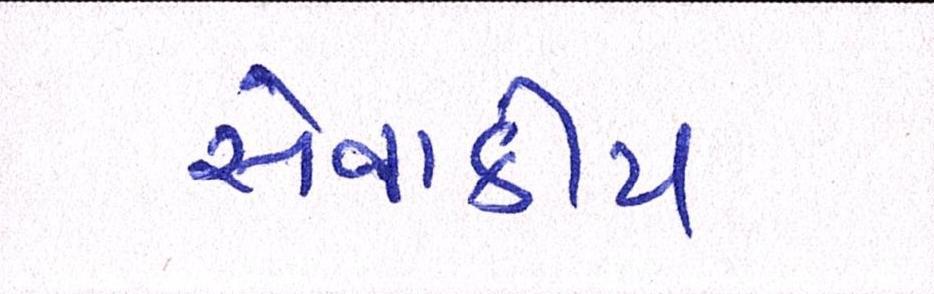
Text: સેવાકીય